Report of the Bombay Plague Committee
Disease focus: Plague
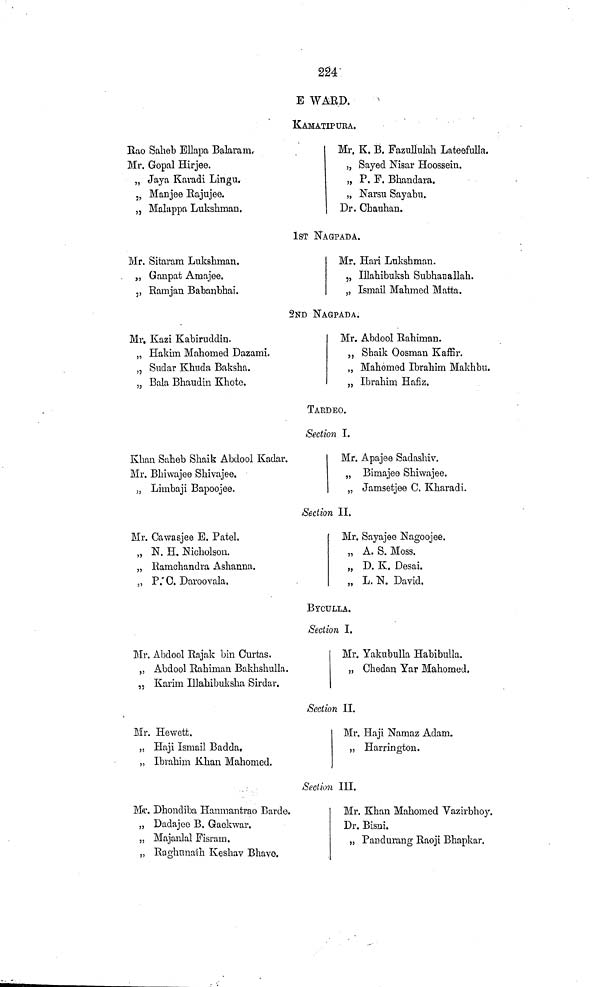
224
E WARD.
KAMATIPURA.
Rao Salieb Ellapa Balaram.
Mr. Gopal Hirjee.
„ Jaya Kavadi Lingu.
„ Manjee Rajujee.
„ Malappa Lukshman.
Mr. K. B. Fazullulah LateeMa.
„ Sayed Nisar Hoossein.
„ P. F. Bhandara.
„ Narsu Sayabu.
Dr. Chauhan.
IST NAGPADA.
Mr. Sitaram Lukshman.
,, Ganpat Amajee.
v Ramjan Babanbhai.
Mr. Hari Lukshman.
5, Illahibuksh Subhanallah.
„ Ismail Mahmed Matta.
2ND NAGPADA.
Mr. Kazi Kabiruddin.
„ Hakim Mahomed Dazami.
„ Sudar Khnda Baksha.
„ Bala Bhaudin Khote.
Mr. Abdool Rahiman.
,, Shaik Oosman Kaffir.
„ Mahomed Ibrahim Makhbu.
„ Ibrahim Hafiz.
TARDEO.
Section I.
Khan Saheb Shaik Abdool Kadar.
Mr. Bhiwajee Shivajee.
„ Limbaji Bapoojee.
Mr. Apajee Sadashiv.
„ Bimajee Shiwajee.
„ Jamsetjee C. Kharadi.
Section II.
Mr. Cawasjee E. Patel.
„ N. H. Nicholson.
„ Ramchandra Ashanna.
„ P.'C. Daroovala.
Mr. Sayajee Nagoojee.
„ A. S. Moss.
„ D. K. Desai.
„ L. N. David.
BYCULLA.
Section I.
Mr. Abdool Rajak bin Curtas.
,, Abdool Rahiman Bakhshulla.
„ Karim Illahibuksha Sirdar.
Mr. Yakubulla Habibulla.
„ Chedan Yar Mahomed.
Section 11.
Mr. Hewett.
„ Haji Ismail Badda,
„ Ibrahim Khan Mahomed.
Mr. Haji Namaz Adam.
„ Harrington.
Section III.
M»r. Dhondiba Hanmantrao Barde,
„ Dadajee B. Gaekwar.
„ Majanlal Fisram.
„ Raghnnath Keshav Bhave.
Mr. Khan Mahomed Vazirbhoy.
Dr. Bisni.
„ Paixlurang Raoji Bhapkar.